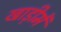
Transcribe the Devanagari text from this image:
खाड़ीमें